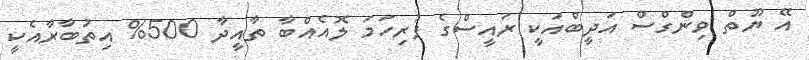
އޭ ޔޫތް ވިންގްސް އަދީބްއަކީީ ރައީސްްގެ ފުރިހަމަ ލޮއެއްބާ ތާއީދާ 500% އިތުބާރާއެކީީ